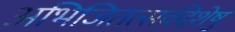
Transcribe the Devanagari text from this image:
अभिजितत्सर्वदेशेषु